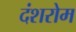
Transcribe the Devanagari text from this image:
दंशरोम